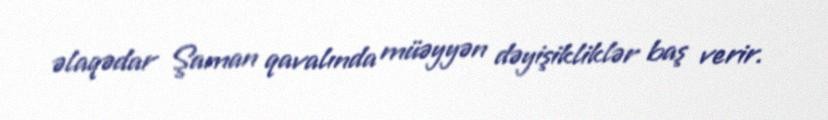
əlaqədar Şaman qavalında müəyyən dəyişikliklər baş verir.